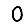
Digit: 0